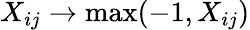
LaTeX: X_{ij}\rightarrow\operatorname*{max}(-1,X_{ij})